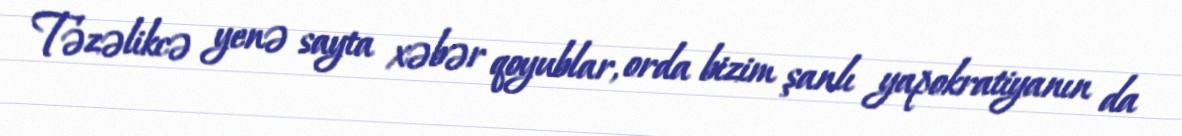
Təzəlikcə yenə sayta xəbər qoyublar, orda bizim şanlı yapokratiyanın da